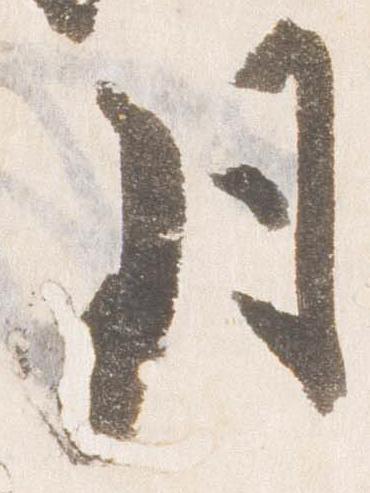
月